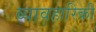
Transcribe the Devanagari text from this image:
व्यावहारिकी